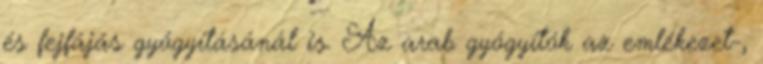
és fejfájás gyógyításánál is. Az arab gyógyítók az emlékezet-,